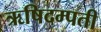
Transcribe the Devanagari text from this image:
ऋषिदम्पती